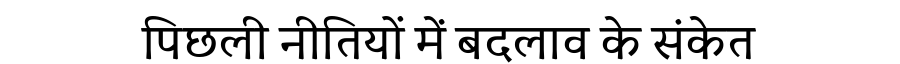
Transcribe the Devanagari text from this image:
पिछली नीतियों में बदलाव के संकेत